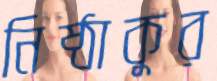
নিষ্ঠাকুর